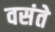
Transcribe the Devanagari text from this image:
वसंते